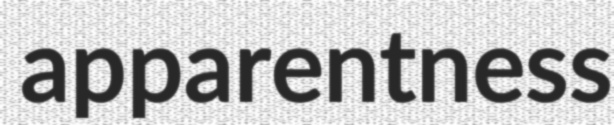
apparentness